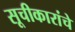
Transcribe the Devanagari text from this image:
सूचीकारांचे